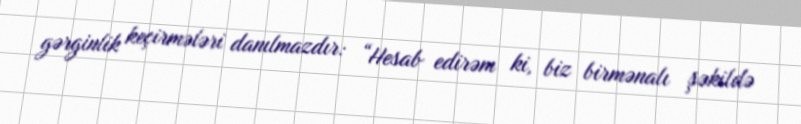
gərginlik keçirmələri danılmazdır: “Hesab edirəm ki, biz birmənalı şəkildə